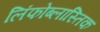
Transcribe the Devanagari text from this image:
लिंफोब्लास्तिक